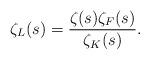
LaTeX: \begin{align*}\zeta_L(s) = \frac{\zeta(s)\zeta_F(s)}{\zeta_K(s)}.\end{align*}